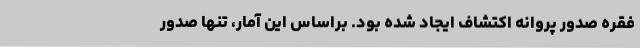
فقره صدور پروانه اکتشاف ایجاد شده بود. براساس این آمار، تنها صدور